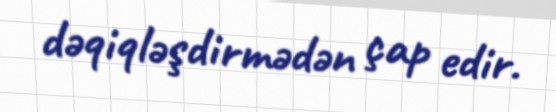
dəqiqləşdirmədən çap edir.